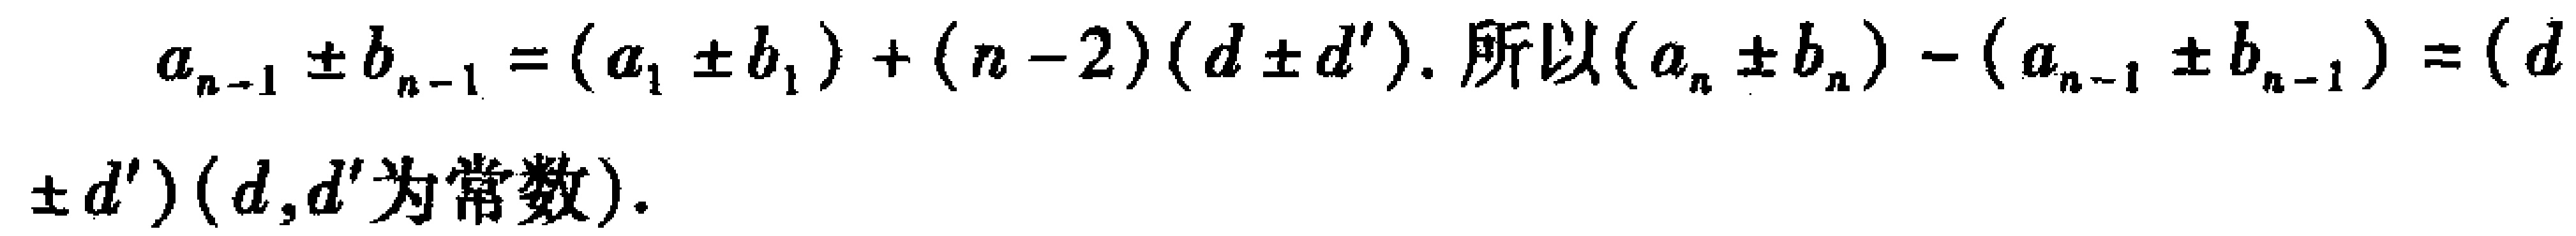
\[
\begin{align*}
a_{n - 1} \pm b_{n - 1} &= (a_1 \pm b_1)+(n - 2)(d \pm d'). \text{所以} (a_n \pm b_n)-(a_{n - 1} \pm b_{n - 1})=(d\\
\pm d')&(d,d' \text{为常数}).
\end{align*}
\]